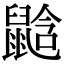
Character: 𪕛